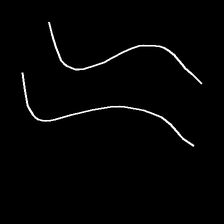
Glyph: float